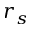
r _ { s }